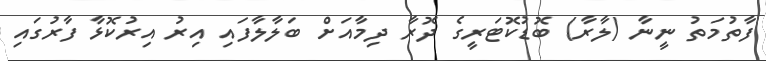
ފާތުމަތު ނީނާ (ލާރާ) ބޮޑުކޮޓަރީގެ ދޮރާ ދިމާއަށް ބަލާލާފައި އިރު އިރުކޮޅާ ފާރުގައި